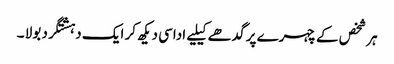
ہر شخص کے چہرے پر گدھے کیلیے اداسی دیکھ کر ایک دہشتگرد بولا ۔